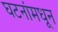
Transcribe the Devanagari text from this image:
घटनांमधून